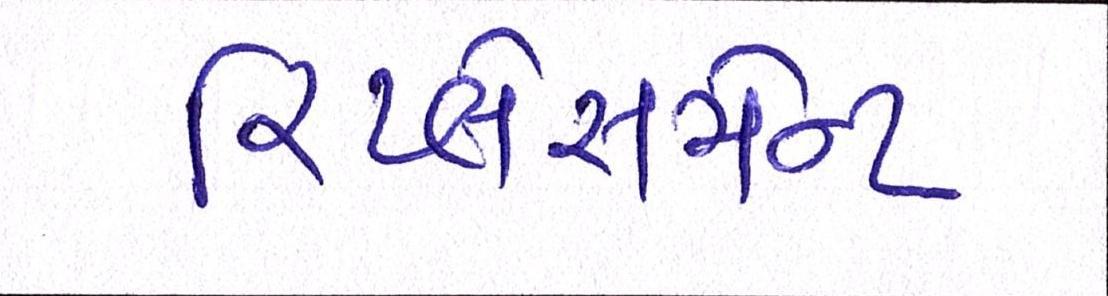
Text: રિપ્લેસમેન્ટ